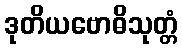
ဒုတိယဗောဓိသုတ္တံ